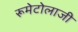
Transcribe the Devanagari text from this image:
रूमेटोलाजी